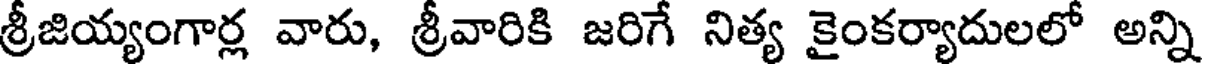
శ్రీజియ్యంగార్ల వారు, శ్రీవారికి జరిగే నిత్య కైంకర్యాదులలో అన్ని